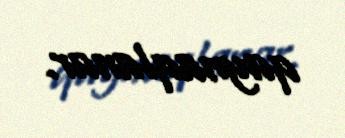
qaynaqlanar.